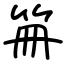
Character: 笧